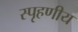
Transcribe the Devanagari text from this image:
स्‍पृहणीय